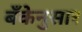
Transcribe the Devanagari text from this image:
बँकेनुसार